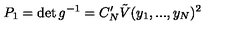
P _ { 1 } = \det g ^ { - 1 } = C _ { N } ^ { \prime } \tilde { V } ( y _ { 1 } , . . . , y _ { N } ) ^ { 2 }